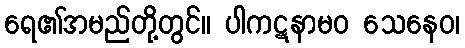
ရေ၏အမည်တို့တွင်။ ပါကဋနာမဝ သေနေဝ၊